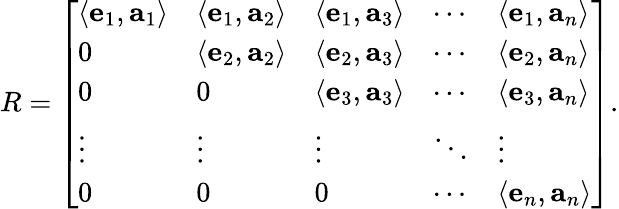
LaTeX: R={\left[\begin{array}{lllll}{\langle\mathbf{e}_{1},\mathbf{a}_{1}\rangle}&{\langle\mathbf{e}_{1},\mathbf{a}_{2}\rangle}&{\langle\mathbf{e}_{1},\mathbf{a}_{3}\rangle}&{\cdots}&{\langle\mathbf{e}_{1},\mathbf{a}_{n}\rangle}\\ {0}&{\langle\mathbf{e}_{2},\mathbf{a}_{2}\rangle}&{\langle\mathbf{e}_{2},\mathbf{a}_{3}\rangle}&{\cdots}&{\langle\mathbf{e}_{2},\mathbf{a}_{n}\rangle}\\ {0}&{0}&{\langle\mathbf{e}_{3},\mathbf{a}_{3}\rangle}&{\cdots}&{\langle\mathbf{e}_{3},\mathbf{a}_{n}\rangle}\\ {\vdots}&{\vdots}&{\vdots}&{\ddots}&{\vdots}\\ {0}&{0}&{0}&{\cdots}&{\langle\mathbf{e}_{n},\mathbf{a}_{n}\rangle}\end{array}\right]}.